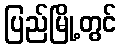
ပြည်မြို့တွင်